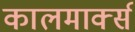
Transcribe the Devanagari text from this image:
कालमार्क्स